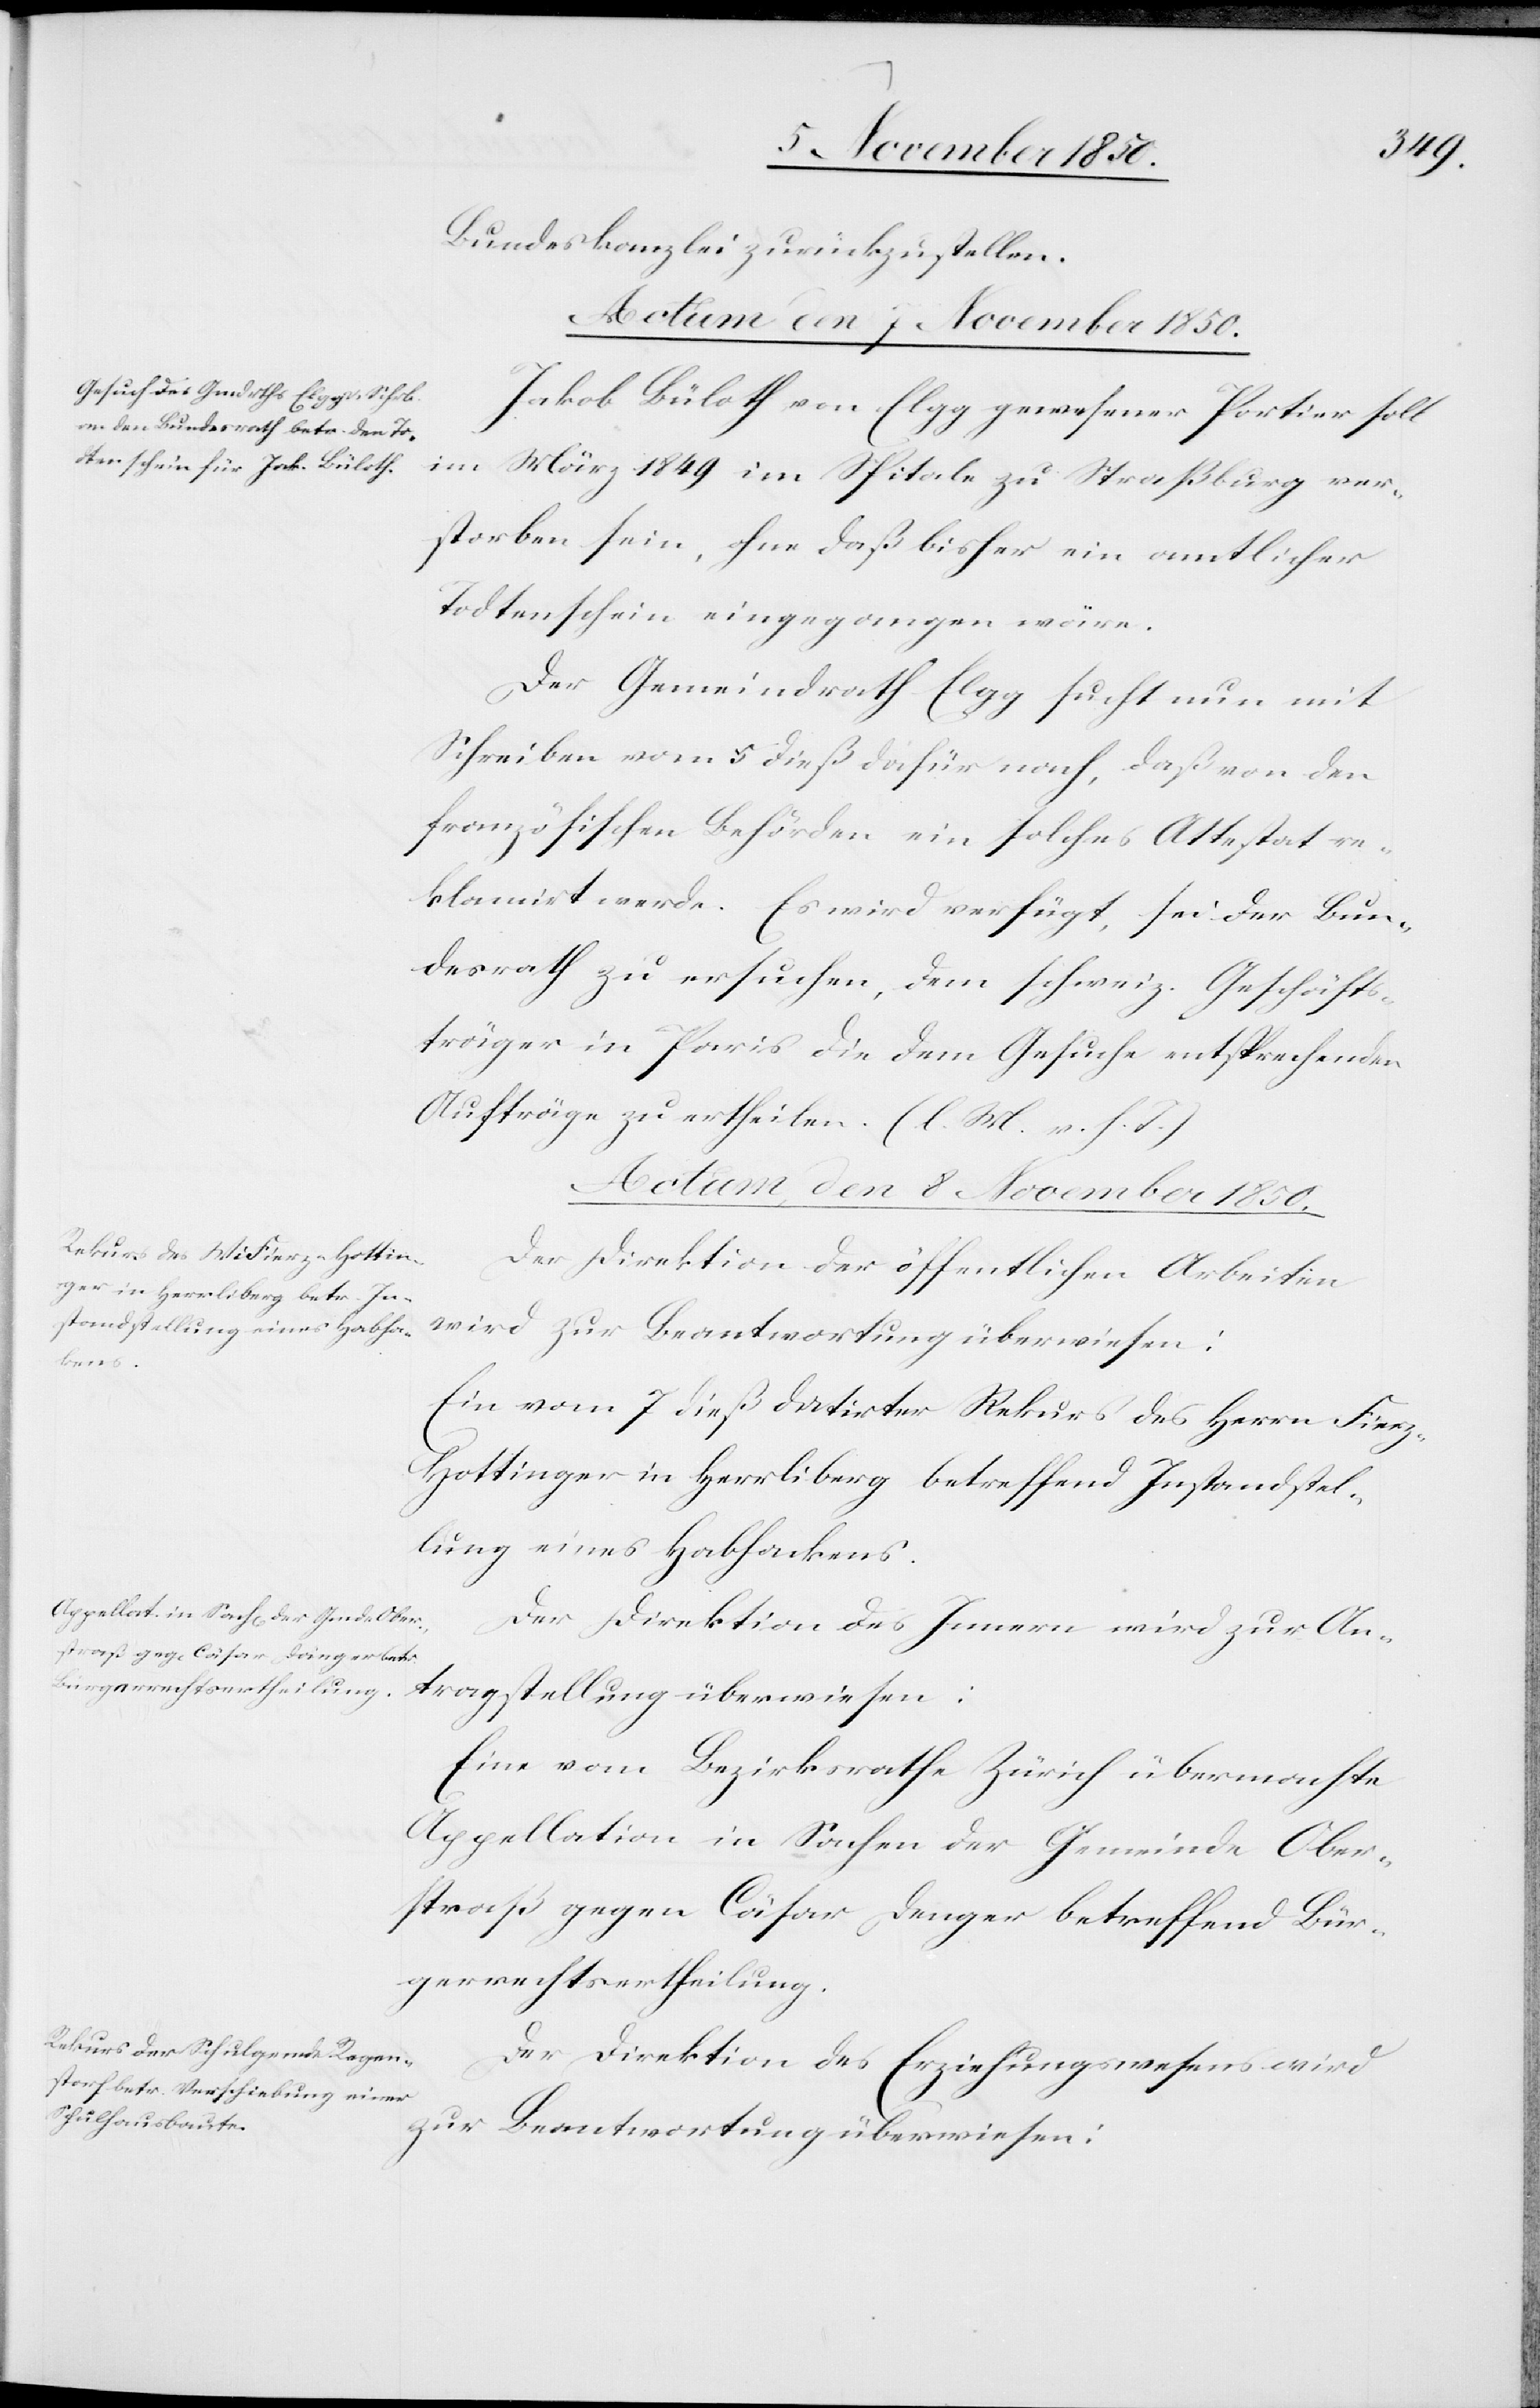
Bundeskanzlei zurückzustellen.
Actum, den 8 November 1850.]
Jakob Büloth von Elgg gewesener Portier soll
im März 1849 im Spitale zu Straßburg ver¬
storben sein, ohne daß bisher ein amtlicher
Todtenschein eingegangen wäre.
Der Gemeindrath Elgg sucht nun mit
Schreiben vom 5 dieß dafür nach, daß von den
französischen Behörden ein solches Attestat re¬
klamirt werde. Es wird verfügt, sei der Bun¬
desrath zu ersuchen, dem schweiz. Geschäfts¬
träger in Paris die dem Gesuche entsprechenden
Aufträge zu ertheilen. (l. M. v. h. T.)
Der Direktion der öffentlichen Arbeiten
wird zur Beantwortung überwiesen:
Ein vom 7 dieß datirter Rekurs des Herrn Fier¬
z-Hottinger in Herrliberg betreffend Instandstel¬
lung eines Habhackens.
Der Direktion des Innern wird zur An¬
tragstellung überwiesen:
Eine vom Bezirksrathe Zürich übermachte
Appellation in Sachen der Gemeinde Ober¬
straß gegen Cäsar Danger betreffend Bür¬
gerrechtsertheilung.
Der Direktion des Erziehungswesens wird
zur Beantwortung überwiesen: